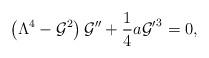
LaTeX: \begin{align*}\left(\Lambda^4-{\cal G}^2\right){\cal G}''+{1\over 4}a {{\cal G}'}^3=0,\end{align*}